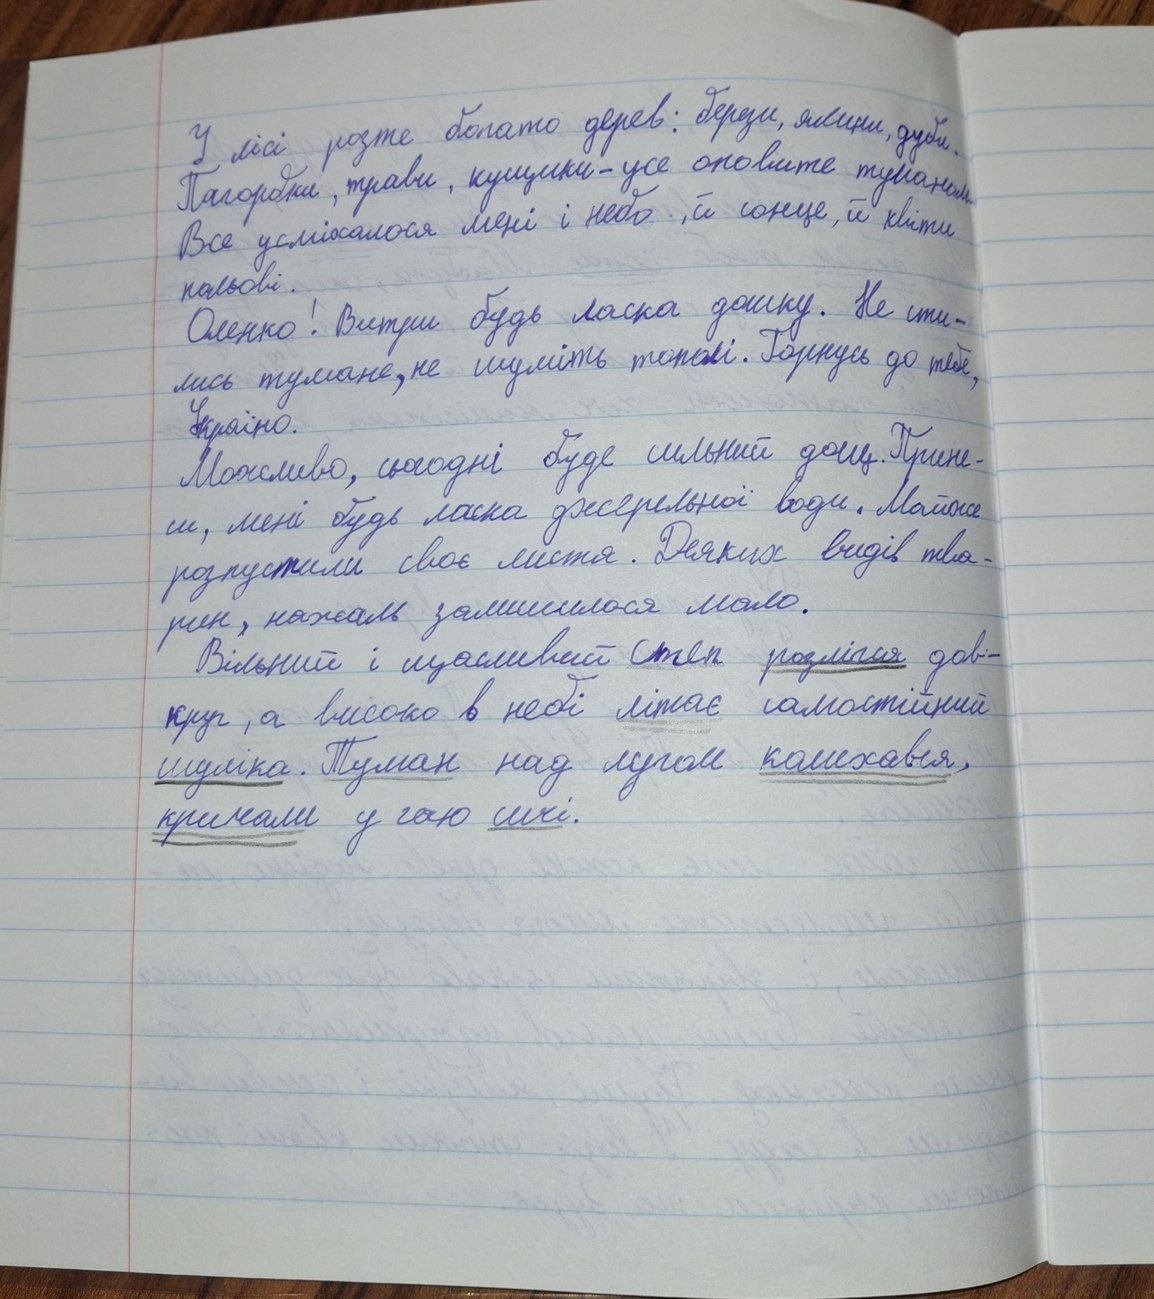
У лісі росте багато дерев: берези, ялини, дуби.
Пагорбки, трави, кущики - усе оповите туманом.
Все усміхалося мені і небо, й сонце, й квіти
польові.
Оленко! Витри будь ласка дошку. Не сти-
лись тумане, не шуміть тополі. Горнусь до тебе,
Україно.
Можливо, сьогодні буде сильний дощ. Прине-
си, мені будь ласка джерельної води. Майже
розпустили своє листя. Деяких видів тва
рин, нажаль залишилося мало.
Вільний і щасливий степ розлігся дов-
круг, а високо в небі літає самостійний
шуліка. Туман над лугом колихався,
кричали у гаю сичі.